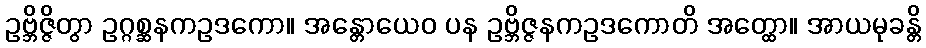
ဥဗ္ဘိဇ္ဇိတွာ ဥဂ္ဂစ္ဆနကဥဒကော။ အန္တောယေဝ ပန ဥဗ္ဘိဇ္ဇနကဥဒကောတိ အတ္ထော။ အာယမုခန္တိ